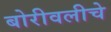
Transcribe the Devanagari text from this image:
बोरीवलीचे